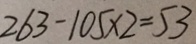
2 6 3 - 1 0 5 \times 2 = 5 3